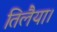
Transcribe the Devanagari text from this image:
तिलैया।